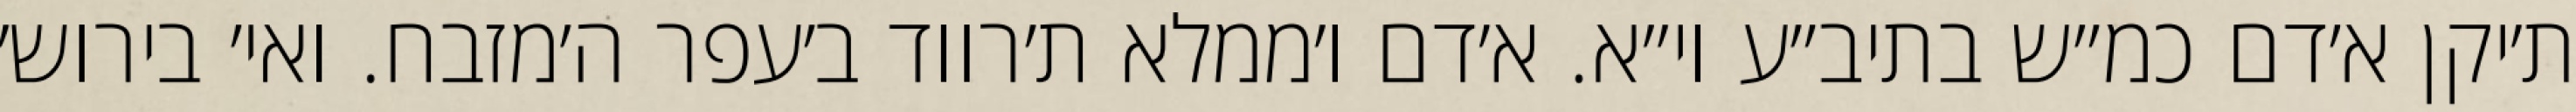
ת׳יקן א׳דם כמ״ש בתיב״ע וי״א. א׳דם ו׳ממלא ת׳רווד ב׳עפר ה׳מזבח. ואי׳ בירוש׳